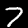
Label: 7